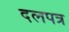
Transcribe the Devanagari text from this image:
दलपत्र